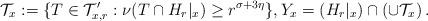
LaTeX: \begin{align*}\mathcal{T}_x := \{ T\in\mathcal{T}'_{x,r}: \nu(T\cap H_{r}|_{x}) \geq r^{\sigma+3\eta}\},Y_x = (H_{r}|_{x}) \cap \left( \cup \mathcal{T}_x \right).\end{align*}